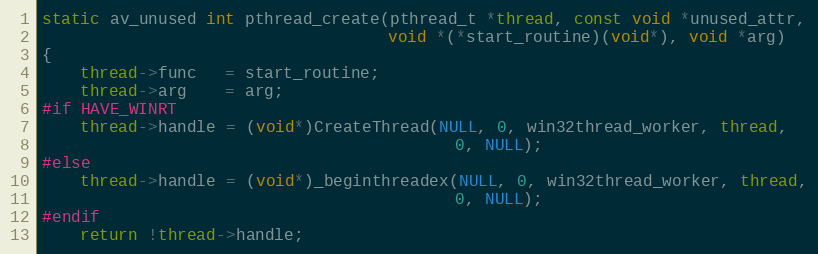
Language: C
static av_unused int pthread_create(pthread_t *thread, const void *unused_attr,
                                    void *(*start_routine)(void*), void *arg)
{
    thread->func   = start_routine;
    thread->arg    = arg;
#if HAVE_WINRT
    thread->handle = (void*)CreateThread(NULL, 0, win32thread_worker, thread,
                                           0, NULL);
#else
    thread->handle = (void*)_beginthreadex(NULL, 0, win32thread_worker, thread,
                                           0, NULL);
#endif
    return !thread->handle;